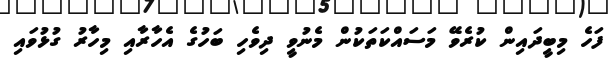
ފަހެ މިބީދައިން ކުރެވޭ މަސައްކަތަކުން މެނުވީ ދިވެހި ބަހުގެ އެހާރާއި މިހާރު ގުޅުވައި